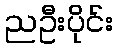
ညဦးပိုင်း